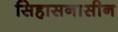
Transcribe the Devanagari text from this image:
सिहासनासीन